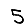
Digit: 5